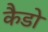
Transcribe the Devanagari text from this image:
कैडो